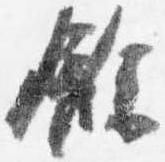
余